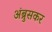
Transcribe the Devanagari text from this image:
अंब्रुसकर